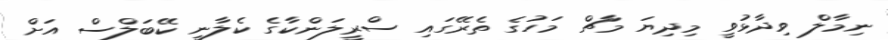
ނިމާލް ވިދާޅުވީ މިދިޔަ މާޗް މަހުގެ ތެރޭގައި ސްރީލަންކާގެ ކެލާނީ ކޭބަލްސް އަށް